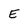
Character: E